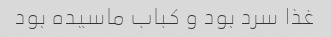
غذا سرد بود و کباب ماسیده بود